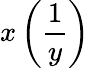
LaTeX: x\left({\frac{1}{y}}\right)